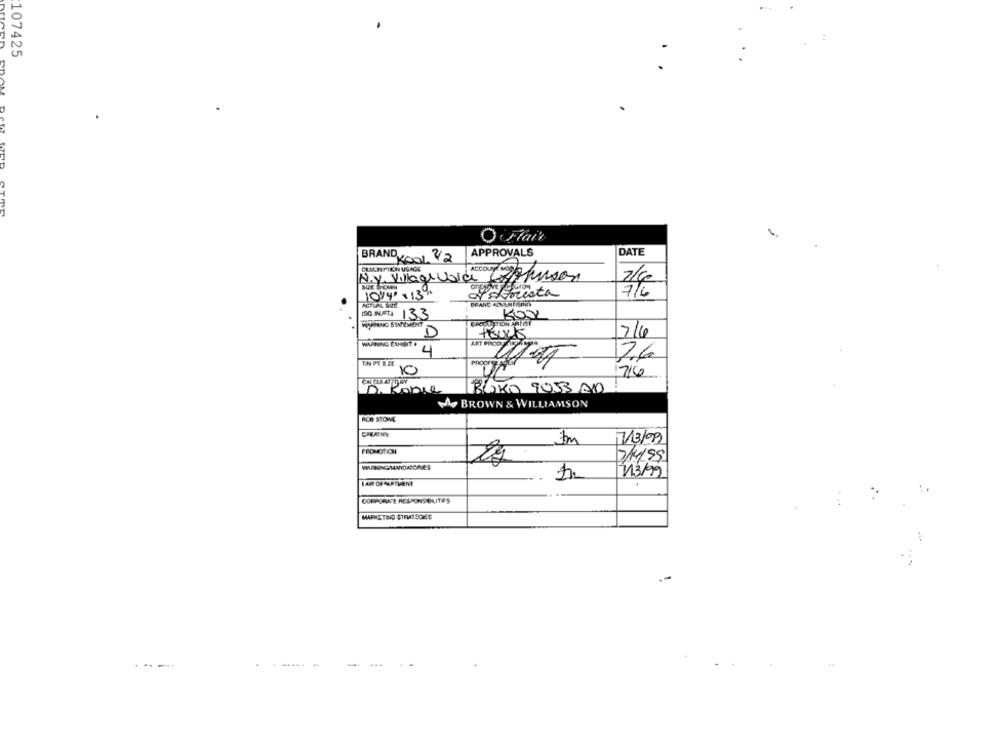
107425
O Faiz
BRAND
KOOL 42
APPROVALS
DATE
CRECHEPILON USAGE
N.y. Villagrusia Le
ACCOUNT aperson
10/4"×13%
ACTUAL WIE
133
D
714
WARNING EUCHT &
ART PROOy
4
TN PE B ZE
2.6
76
CHULLAT DOV
D. Pobre
BOKO 9053 AD
wo BROWN & WILLIAMSON
ACO STONE
CARAINE
7/3/9
FONCTION
2/6/99
213/99
CORPORATE RESPONSIBILITIES
MARKETING STEM41 SCIES